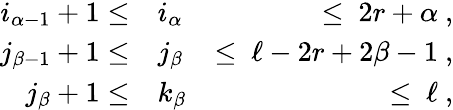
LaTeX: \begin{array}{rlr}{i_{\alpha-1}+1\le}&{{}i_{\alpha}}&{\le\ 2r+\alpha\ ,}\\ {j_{\beta-1}+1\le}&{{}j_{\beta}}&{\le\ \ell-2r+2\beta-1\ ,}\\ {j_{\beta}+1\le}&{{}k_{\beta}}&{\le\ \ell\ ,}\end{array}